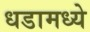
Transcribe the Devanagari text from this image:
धडामध्ये